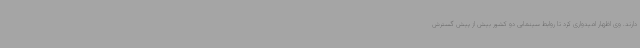
دارند. وی اظهار امیدواری کرد تا روابط سینمایی دو کشور بیش از پیش گسترش